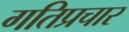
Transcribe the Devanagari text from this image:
गतिप्रचार